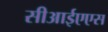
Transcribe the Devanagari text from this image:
सीआईएएस